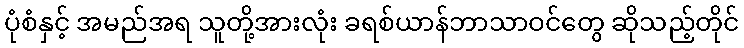
ပုံစံနှင့် အမည်အရ သူတို့အားလုံး ခရစ်ယာန်ဘာသာဝင်တွေ ဆိုသည့်တိုင်